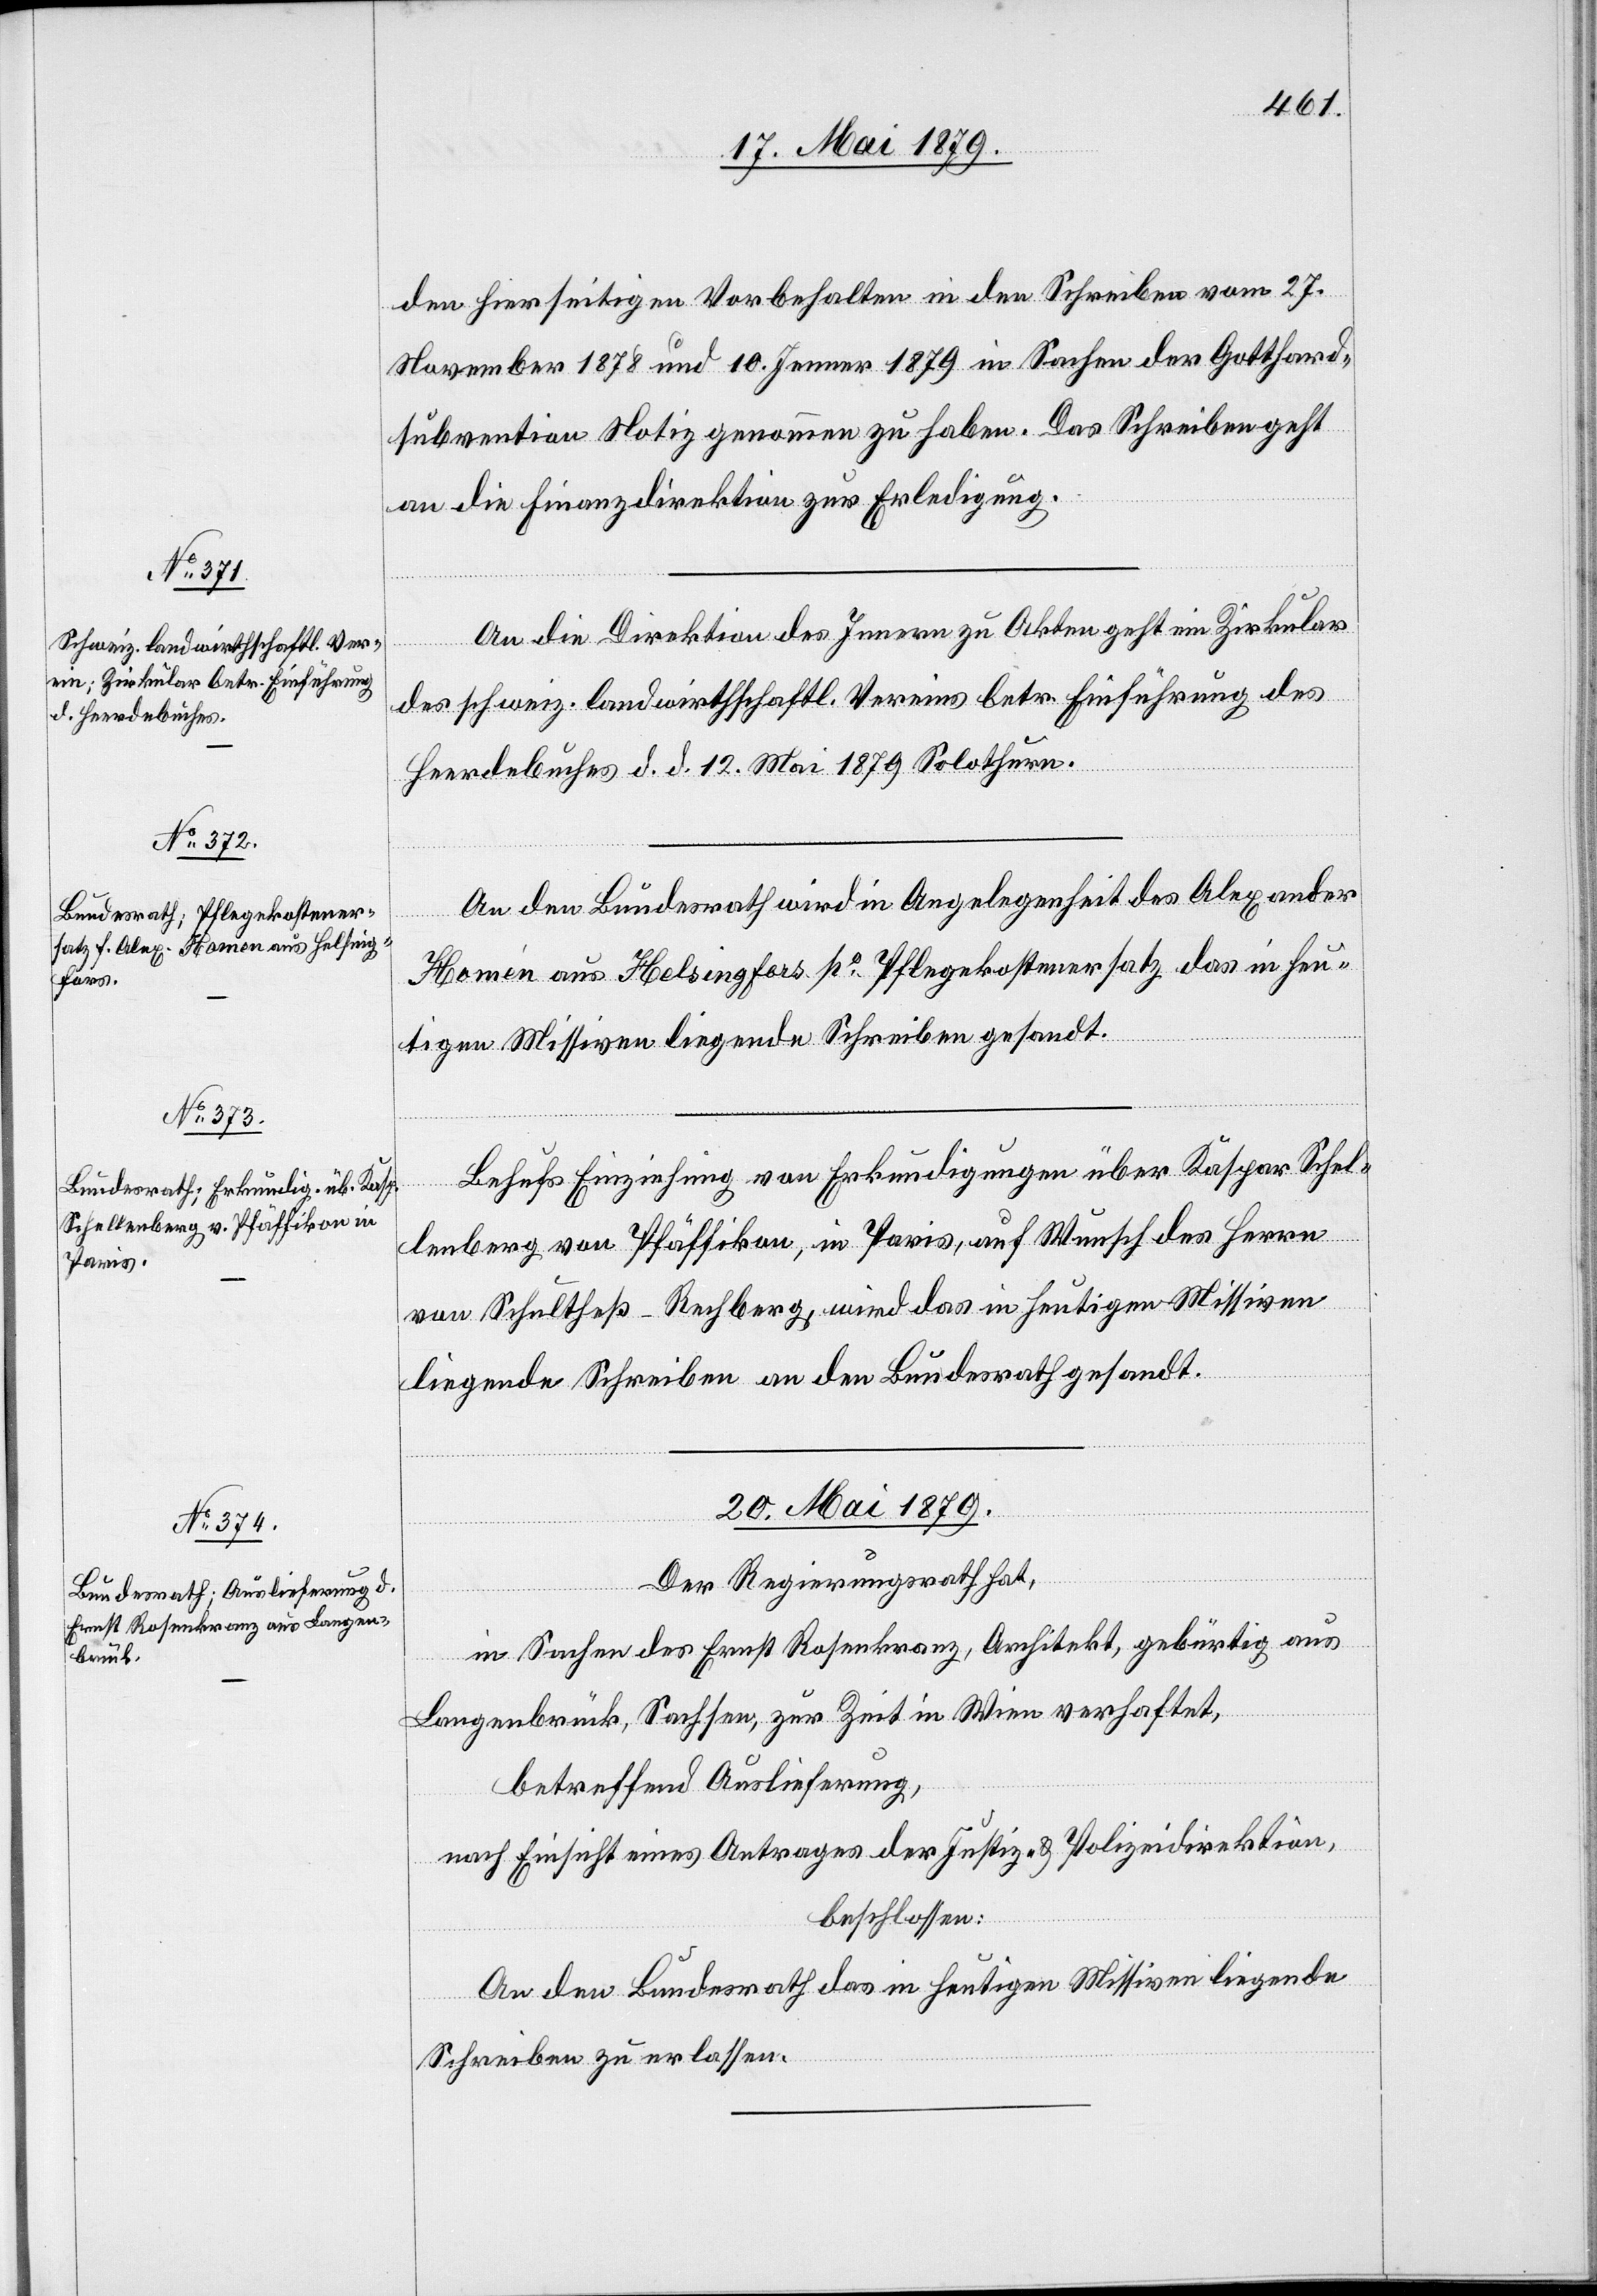
den hierseitigen Vorbehalten in den Schreiben vom 27.
November 1878 und 10. Jenner 1879 in Sachen der Gotthard¬
subvention Notiz genommen zu haben. Das Schreiben geht
an die Finanzdirektion zur Erledigung.
An die Direktion des Innern zu Akten geht ein Zirkular
des schweiz. landwirthschaftl. Vereins betr. Einführung des
Heerdebuches d. d. 12. Mai 1879 Solothurn.
An den Bundesrath wird in Angelegenheit des Alexander
Homen aus Helsingfors po Pflegekostenersatz das in heu¬
tigen Missiven liegende Schreiben gesandt.
Behufs Einziehung von Erkundigungen über Kaspar Schel¬
lenberg von Pfäffikon, in Paris, auf Wunsch des Herrn
von Schultheß-Rechberg, wird das in heutigen Missiven
liegende Schreiben an den Bundesrath gesandt.
20. Mai 1879.
Der Regierungsrath hat,
in Sachen des Ernst Rosenkranz, Architekt, gebürtig aus
Langenbrück, Sachsen, zur Zeit in Wien verhaftet,
betreffend Auslieferung,
nach Einsicht eines Antrages der Justiz- & Polizeidirektion,
beschlossen:
An den Bundesrath das in heutigen Missiven liegende
Schreiben zu erlassen.